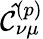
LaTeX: \mathcal{\hat{C}}_{\nu\mu}^{(p)}